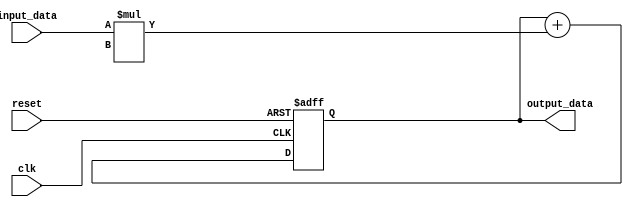
module iir_accumulator(
    input wire clk,
    input wire reset,
    input wire [7:0] input_data,
    output wire [15:0] output_data
);

reg [15:0] accumulator;

always @(posedge clk or posedge reset) begin
    if (reset) begin
        accumulator <= 16'h0000;
    end else begin
        accumulator <= accumulator + (input_data * filter_coefficient);
    end
end

assign output_data = accumulator;

endmodule